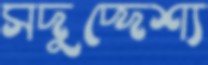
সদুদ্দেশ্য